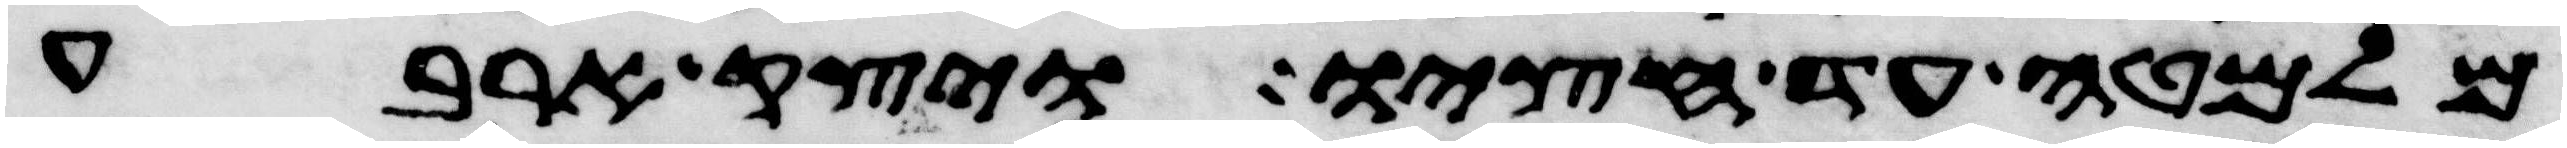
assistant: מלמטה עד חציו ויצק ארבע